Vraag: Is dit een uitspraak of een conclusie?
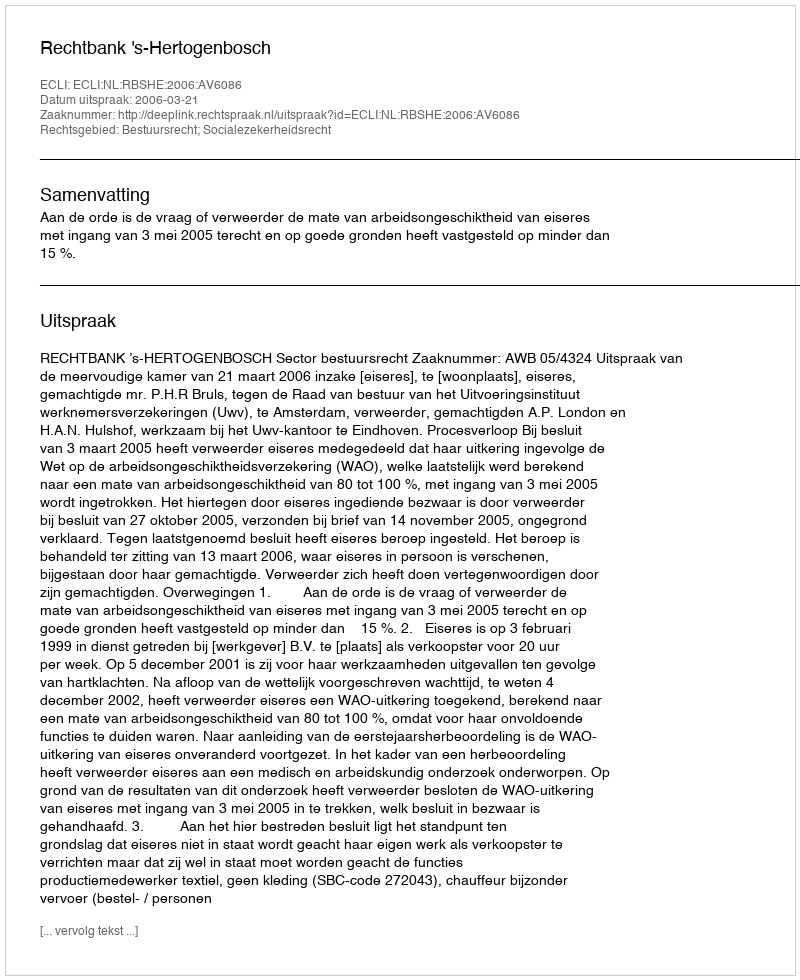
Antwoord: Uitspraak